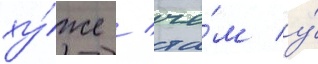
ху́же / че́м у́